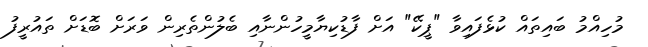
މުހިއްމު ބައިތައް ކުޅެފައިވާ "ޕީކޭ" އަށް ފާޑުކިޔާމީހުންނާއި ބެލުންތެރިން ވަރަށް ބޮޑަށް ތައުރީފު